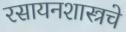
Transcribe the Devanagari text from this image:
रसायनशास्त्रचे